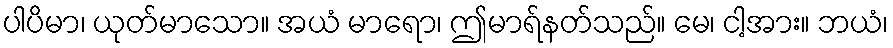
ပါပိမာ၊ ယုတ်မာသော။ အယံ မာရော၊ ဤမာရ်နတ်သည်။ မေ၊ ငါ့အား။ ဘယံ၊